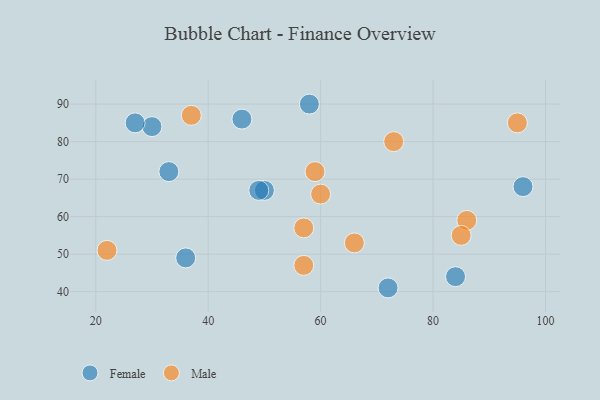
{"axis": {"x": "GDP", "y": "Life Expectancy"}, "legend": ["Female", "Male"], "data": [{"x": "30", "y": 84, "type": "Female"}, {"x": "50", "y": 67, "type": "Female"}, {"x": "49", "y": 67, "type": "Female"}, {"x": "84", "y": 44, "type": "Female"}, {"x": "58", "y": 90, "type": "Female"}, {"x": "27", "y": 85, "type": "Female"}, {"x": "36", "y": 49, "type": "Female"}, {"x": "96", "y": 68, "type": "Female"}, {"x": "33", "y": 72, "type": "Female"}, {"x": "72", "y": 41, "type": "Female"}, {"x": "46", "y": 86, "type": "Female"}, {"x": "86", "y": 59, "type": "Male"}, {"x": "60", "y": 66, "type": "Male"}, {"x": "95", "y": 85, "type": "Male"}, {"x": "66", "y": 53, "type": "Male"}, {"x": "57", "y": 47, "type": "Male"}, {"x": "59", "y": 72, "type": "Male"}, {"x": "22", "y": 51, "type": "Male"}, {"x": "73", "y": 80, "type": "Male"}, {"x": "37", "y": 87, "type": "Male"}, {"x": "85", "y": 55, "type": "Male"}, {"x": "57", "y": 57, "type": "Male"}]}